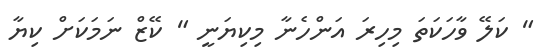
" ކަލޭ ވާހަކަތަ މިހިރަ އަންހެނާ މިކިޔަނީ " ކޭޒް ނަމަކަށް ކިޔާ